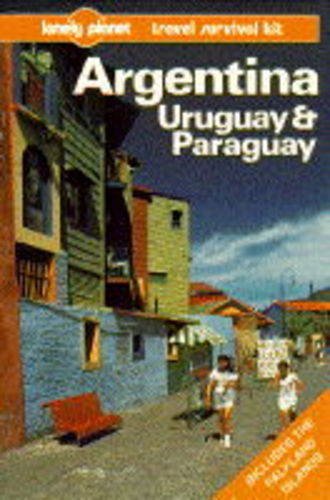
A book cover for Lonely Planet Argentina Uruguay & Paraguay: A Travel Survival Kit; Wayne Bernhardson; Travel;